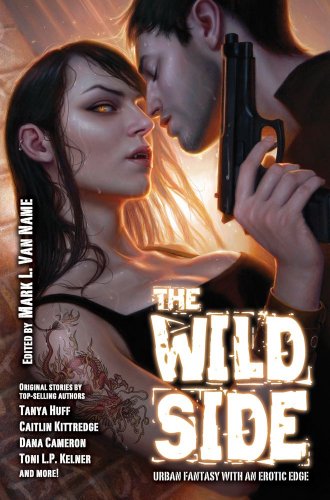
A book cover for The Wild Side; Romance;